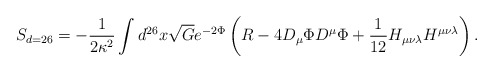
\begin{align*}\hspace{-.5cm} S_{d=26}=-\frac{1}{2\kappa^{2}}\int d^{26}x \sqrt{G}e^{-2\Phi}\left( R-4D_{\mu}\Phi D^{\mu}\Phi+\frac{1}{12}H_{\mu\nu\lambda}H^{\mu\nu\lambda}\right).\end{align*}